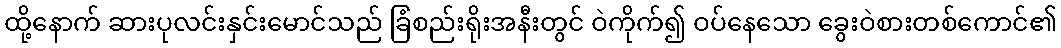
ထို့နောက် ဆားပုလင်းနှင်းမောင်သည် ခြံစည်းရိုးအနီးတွင် ဝဲကိုက်၍ ဝပ်နေသော ခွေးဝဲစားတစ်ကောင်၏